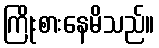
ကြိုးစားနေမိသည်။